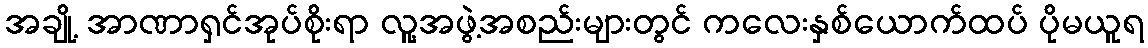
အချို့ အာဏာရှင်အုပ်စိုးရာ လူ့အဖွဲ့အစည်းများတွင် ကလေးနှစ်ယောက်ထပ် ပိုမယူရ